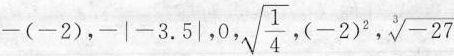
-(-2 )，-|-3.5|，0， \sqrt{\frac{1}{4}}，(-2)^{2}, \sqrt[3]{-27}